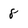
Character: 8